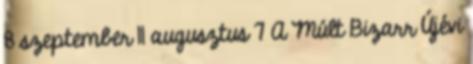
8 szeptember 11 augusztus 7 A Múlt Bizarr Újévi